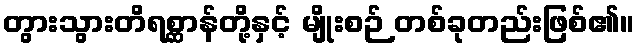
တွားသွားတိရစ္ဆာန်တို့နှင့် မျိုးစဉ် တစ်ခုတည်းဖြစ်၏။